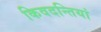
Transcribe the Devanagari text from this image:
किवदन्तियां